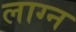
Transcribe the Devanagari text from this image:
लाग्न